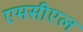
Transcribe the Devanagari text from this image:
एमसीएल